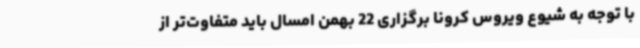
با توجه به شیوع ویروس کرونا برگزاری 22 بهمن امسال باید متفاوت‌تر از